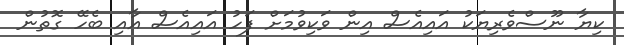
ކިޔާ ނޫސްވެރިޔަކު އައިއެސް އިން ވަކިވުމަށް ފަހު އައިއެސް އާއި ބެހޭ ގޮތުން